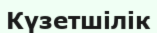
Күзетшілік